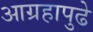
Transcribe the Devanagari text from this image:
आग्रहापुढे